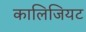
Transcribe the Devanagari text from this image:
कालिजियट